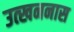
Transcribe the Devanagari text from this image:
उत्खननास